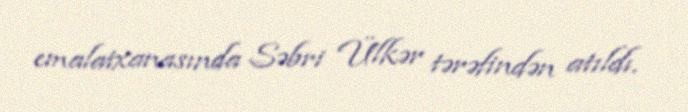
emalatxanasında Səbri Ülkər tərəfindən atıldı.